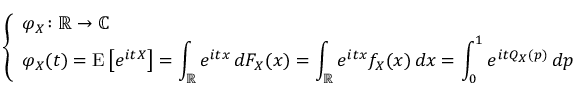
\left\{ \begin{array} { l l } { \displaystyle \varphi _ { X } \! : \mathbb { R } \to \mathbb { C } } \\ { \displaystyle \varphi _ { X } ( t ) = \operatorname { E } \left[ e ^ { i t X } \right] = \int _ { \mathbb { R } } e ^ { i t x } \, d F _ { X } ( x ) = \int _ { \mathbb { R } } e ^ { i t x } f _ { X } ( x ) \, d x = \int _ { 0 } ^ { 1 } e ^ { i t Q _ { X } ( p ) } \, d p } \end{array} \right.